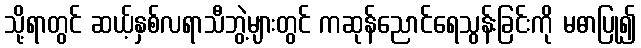
သို့ရာတွင် ဆယ့်နှစ်လရာသီဘွဲ့များတွင် ကဆုန်ညောင်ရေသွန်းခြင်းကို မဓာပြု၍